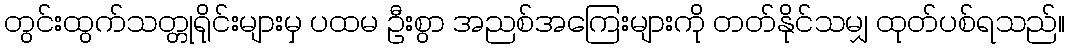
တွင်းထွက်သတ္တုရိုင်းများမှ ပထမ ဦးစွာ အညစ်အကြေးများကို တတ်နိုင်သမျှ ထုတ်ပစ်ရသည်။